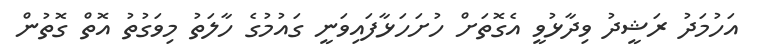
އަހުމަދު ރަޝީދު ވިދާޅުވީ އެގޮތަށް ހުށަހަޅާފައިވަނީ ގައުމުގެ ހާލަތު މިވަގުތު އޮތް ގޮތުން